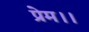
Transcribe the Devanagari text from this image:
प्रेम।।